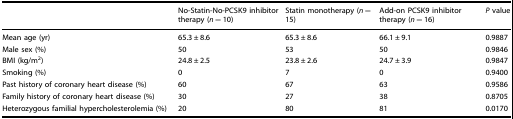
<table><thead><tr><td></td><td><b>No-Statin-No-PCSK9 inhibitor therapy (<i>n</i> = 10)</b></td><td><b>Statin monotherapy (<i>n</i> = 15)</b></td><td><b>Add-on PCSK9 inhibitor therapy (<i>n</i> = 16)</b></td><td><b><i>P</i> value</b></td></tr></thead><tbody><tr><td>Mean age (yr)</td><td>65.3 ± 8.6</td><td>65.3 ± 8.6</td><td>66.1 ± 9.1</td><td>0.9887</td></tr><tr><td>Male sex (%)</td><td>50</td><td>53</td><td>50</td><td>0.9846</td></tr><tr><td>BMI (kg/m<sup>2</sup>)</td><td>24.8 ± 2.5</td><td>23.8 ± 2.6</td><td>24.7 ± 3.9</td><td>0.9847</td></tr><tr><td>Smoking (%)</td><td>0</td><td>7</td><td>0</td><td>0.9400</td></tr><tr><td>Past history of coronary heart disease (%)</td><td>60</td><td>67</td><td>63</td><td>0.9586</td></tr><tr><td>Family history of coronary heart disease (%)</td><td>30</td><td>27</td><td>38</td><td>0.8705</td></tr><tr><td>Heterozygous familial hypercholesterolemia (%)</td><td>20</td><td>80</td><td>81</td><td>0.0170</td></tr></tbody></table>